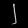
Digit: ၂